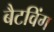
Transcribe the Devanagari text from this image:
बैटविंग